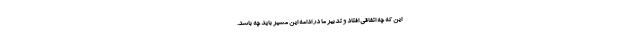
این که چه اتفاقی افتاد و تدبیر ما در ادامه این مسیر باید چه باشد.